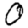
Digit: 0